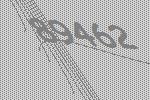
89462